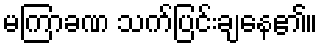
မကြာခဏ သက်ပြင်းချနေ၏။